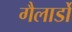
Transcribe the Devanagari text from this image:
गैलार्डो